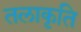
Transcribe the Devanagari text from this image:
तलाकृति